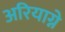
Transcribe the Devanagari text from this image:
अरियाग्ने